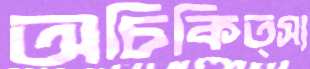
অচিকিত্স্য